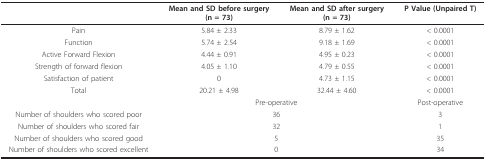
|  | Mean and SD before surgery(n = 73) | Mean and SD after surgery(n = 73) | P Value (Unpaired T) |
 | --- | --- | --- | --- |
 | Pain | 5.84 ± 2.33 | 8.79 ± 1.62 | < 0.0001 |
 | Function | 5.74 ± 2.54 | 9.18 ± 1.69 | < 0.0001 |
 | Active Forward Flexion | 4.44 ± 0.91 | 4.95 ± 0.23 | < 0.0001 |
 | Strength of forward flexion | 4.05 ± 1.10 | 4.79 ± 0.55 | < 0.0001 |
 | Satisfaction of patient | 0 | 4.73 ± 1.15 | < 0.0001 |
 | Total | 20.21 ± 4.98 | 32.44 ± 4.60 | < 0.0001 |
 |  | <COLSPAN=2> Pre-operative | Post-operative |
 | Number of shoulders who scored poor | <COLSPAN=2> 36 | 3 |
 | Number of shoulders who scored fair | <COLSPAN=2> 32 | 1 |
 | Number of shoulders who scored good | <COLSPAN=2> 5 | 35 |
 | Number of shoulders who scored excellent | <COLSPAN=2> 0 | 34 |